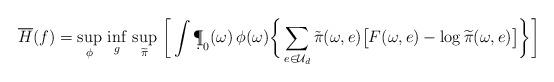
LaTeX: \begin{align*} \begin{aligned} \overline H(f) = \sup_{\phi}\, \inf_{g}\, \sup_{\widetilde\pi}\, \bigg[\int \d\P_0(\omega)\,\phi(\omega) \bigg\{&\sum_{e\in \mathcal U_d} \tilde\pi(\omega,e)\big[F(\omega,e)-\log \widetilde\pi(\omega,e)\big]\bigg\}\bigg]\end{aligned} \end{align*}